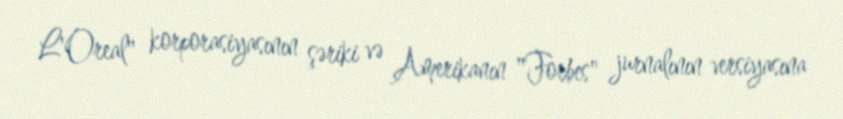
L'Oreal" korporasiyasının şəriki və Amerikanın "Forbes" jurnalının versiyasına